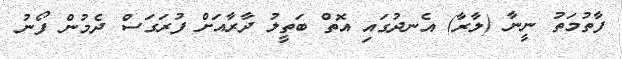
ފާތުމަތު ނީނާ (ލާރާ) އެނދުގައި އޮތް ބަތީލު ދާރާއަށް ފުރަގަސް ދެމުން ފޯނު